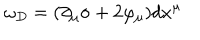
LaTeX: \omega _ { D } = ( \partial _ { \mu } \sigma + 2 \varphi _ { \mu } ) d x ^ { \mu }